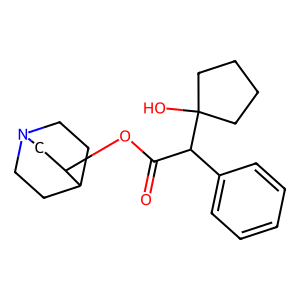
SMILES: O=C(OC1CN2CCC1CC2)C(c1ccccc1)C1(O)CCCC1
Inhibits HIV replication: No